Annual administration report of the Civil Veterinary Department of India - 1897-1898
Year: 1897
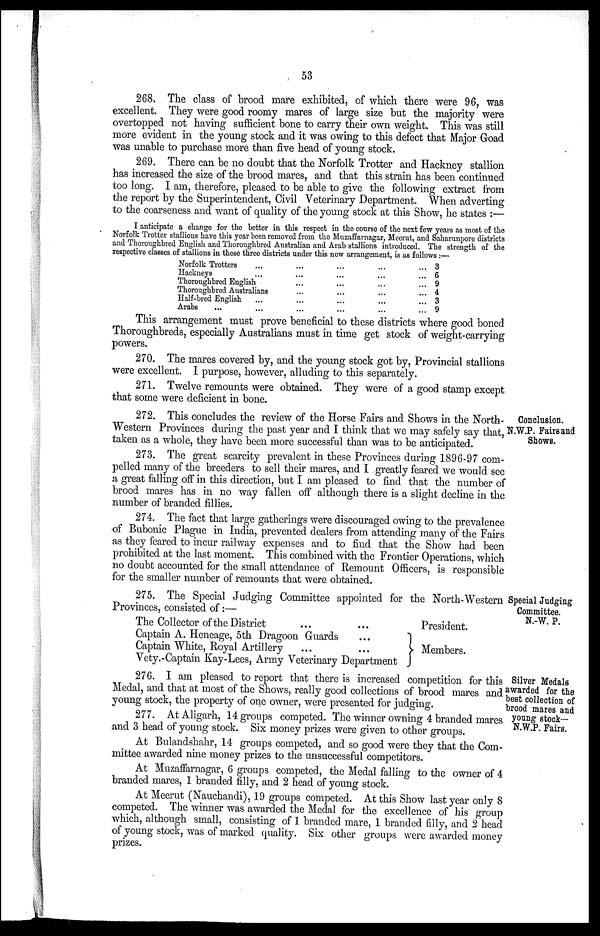
53
268. The class of brood mare exhibited, of which there were 96, was
excellent. They were good roomy mares of large size but the majority were
overtopped not having sufficient bone to carry their own weight. This was still
more evident in the young stock and it was owing to this defect that Major Goad
was unable to purchase more than five head of young stock.
269. There can be no doubt that the Norfolk Trotter and Hackney stallion
has increased the size of the brood mares, and that this strain has been continued
too long. I am, therefore, pleased to be able to give the following extract from
the report by the Superintendent, Civil Veterinary Department. When adverting
to the coarseness and want of quality of the young stock at this Show, he states:—
I anticipate a change for the better in this respect in the course of the next few years as most of the
Norfolk Trotter stallions have this year been removed from the Muzaffarnagar, Meerut, and Saharunpore districts
and Thoroughbred English and Thoroughbred Australian and Arab stallions introduced. The strength of the
respective classes of stallions in these three districts under this new arrangement, is as follows:—
Norfolk Trotters
Hackneys
...
...
Thoroughbred English
Thoroughbred Australians
Half-bred English
Arabs ...
...
...
...
...
...
...
...
...
...
...
...
...
...
...
...
...
...
...
...
...
...
...
...
...
...
...
3
6
9
4
3
9
This arrangement must prove beneficial to these districts where good boned
Thoroughbreds, especially Australians must in time get stock of weight-carrying
powers.
270. The mares covered by, and the young stock got by, Provincial stallions
were excellent. I purpose, however, alluding to this separately.
271. Twelve remounts were obtained. They were of a good stamp except
that some were deficient in bone.
Conclusion.
N.W.P. Fairs and
Shows.
272. This concludes the review of the Horse Fairs and Shows in the North-
Western Provinces during the past year and I think that we may safely say that,
taken as a whole, they have been more successful than was to be anticipated.
273. The great scarcity prevalent in these Provinces during 1896-97 com-
pelled many of the breeders to sell their mares, and I greatly feared we would see
a great falling off in this direction, but I am pleased to find that the number of
brood mares has in no way fallen off although there is a slight decline in the
number of branded fillies.
274. The fact that large gatherings were discouraged owing to the prevalence
of Bubonic Plague in India, prevented dealers from attending many of the Fairs
as they feared to incur railway expenses and to find that the Show had been
prohibited at the last moment. This combined with the Frontier Operations, which
no doubt accounted for the small attendance of Remount Officers, is responsible
for the smaller number of remounts that were obtained.
Special Judging
Committee.
N.-W. P.
275. The Special Judging Committee appointed for the North-Western
Provinces, consisted of:—
The Collector of the District ... ...
Captain A. Heneage, 5th Dragoon Guards ...
Captain White, Royal Artillery ... ...
Vety.-Captain Kay-Lees, Army Veterinary Department
President.
Members.
Silver Medals
awarded for the
best collection of
brood mares and
young stock—
N.W.P. Fairs.
276. I am pleased to report that there is increased competition for this
Medal, and that at most of the Shows, really good collections of brood mares and
young stock, the property of one owner, were presented for judging.
277. At Aligarh, 14 groups competed. The winner owning 4 branded mares
and 3 head of young stock. Six money prizes were given to other groups.
At Bulandshahr, 14 groups competed, and so good were they that the Com-
mittee awarded nine money prizes to the unsuccessful competitors.
At Muzaffarnagar, 6 groups competed, the Medal falling to the owner of 4
branded mares, 1 branded filly, and 2 head of young stock.
At Meerut (Nauchandi), 19 groups competed. At this Show last year only 8
competed. The winner was awarded the Medal for the excellence of his group
which, although small, consisting of 1 branded mare, 1 branded filly, and 2 head
of young stock, was of marked quality. Six other groups were awarded money
prizes.